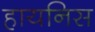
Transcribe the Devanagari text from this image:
हायनिस